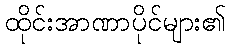
ထိုင်းအာဏာပိုင်များ၏